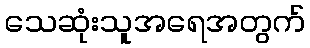
သေဆုံးသူအရေအတွက်